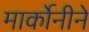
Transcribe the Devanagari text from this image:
मार्कोनीने